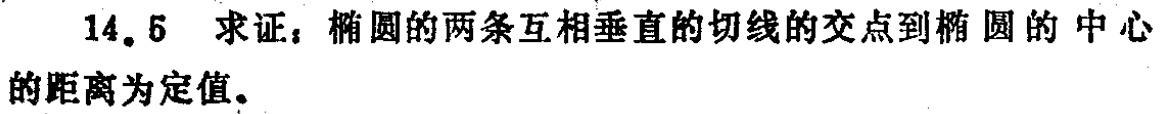
14.5 求证：椭圆的两条互相垂直的切线的交点到椭圆的中心的距离为定值。